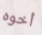
أخوه